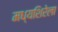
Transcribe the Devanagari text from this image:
मध्यशिरेला